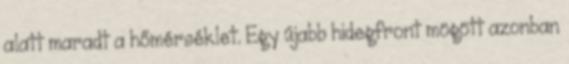
alatt maradt a hőmérséklet. Egy újabb hidegfront mögött azonban